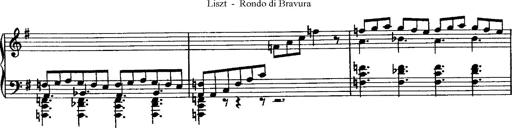
Title: Rondo di bravura
Composer: Franz Liszt